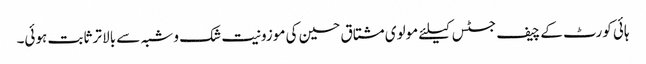
ہائی کورٹ کے چیف جسٹس کیلئے مولوی مشتاق حسین کی موزونیت شک و شبہ سے بالا تر ثابت ہوئی۔